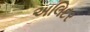
અલિદર